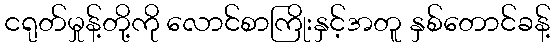
ငရုတ်မှုန့်တို့ကို လောင်စာကြိုးနှင့်အတူ နှစ်တောင်ခန့်